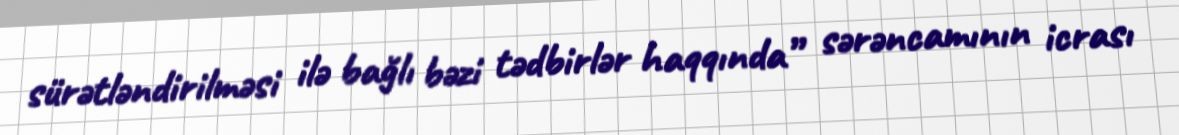
sürətləndirilməsi ilə bağlı bəzi tədbirlər haqqında” sərəncamının icrası